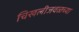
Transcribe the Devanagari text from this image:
चिखलीजवळच्या